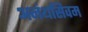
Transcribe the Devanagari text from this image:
अनंथसिवम